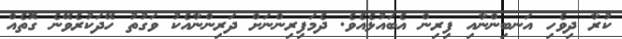
ކުރާ ދިވެހި އަނބިންނާއި ފިރިން އެބައުޅެއެވެ. ދެމަފިރިންނަށް ދަރިންނާއެކު ވަގުތު ހޭދަކުރެވޭނެ ގޮތެއް